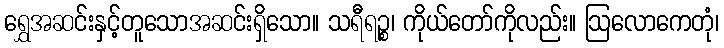
ရွှေအဆင်းနှင့်တူသောအဆင်းရှိသော။ သရီရဉ္စ၊ ကိုယ်တော်ကိုလည်း။ ဩလောကေတုံ၊